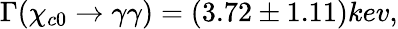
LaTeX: \Gamma(\chi_{c0}\rightarrow\gamma\gamma)=(3.72\pm 1.11)kev,